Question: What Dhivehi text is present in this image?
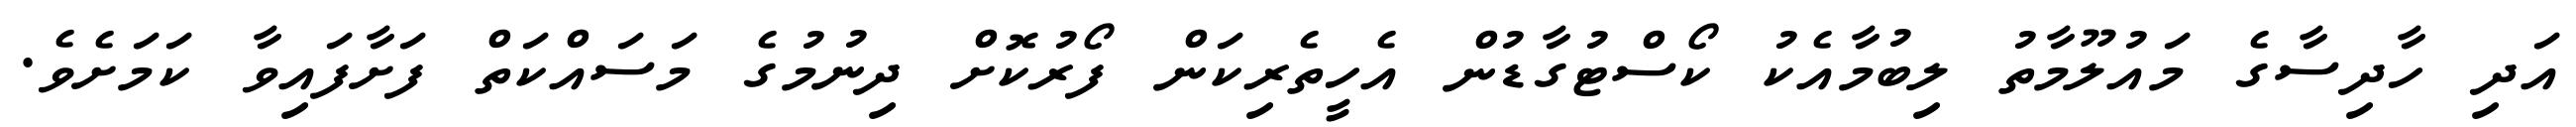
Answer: އަދި ހާދިސާގެ މައުލޫމާތު ލިބުމާއެކު ކޯސްޓުގާޑުން އެހީތެރިކަން ފޯރުކޮށް ދިނުމުގެ މަސައްކަތް ފަށާފައިވާ ކަމަށެވެ.